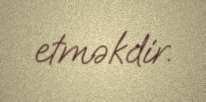
etməkdir.